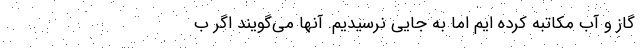
گاز و آب مکاتبه کرده ایم اما به جایی نرسیدیم. آنها می‌گویند اگر ب